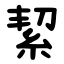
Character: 絜